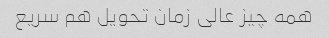
همه چیز عالی زمان تحویل هم سریع